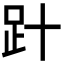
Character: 𧾽